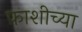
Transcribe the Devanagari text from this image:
फ़ाशीच्या